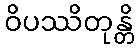
ဝိပဿိတုန္တိ